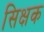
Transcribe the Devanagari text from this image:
सिक्षक